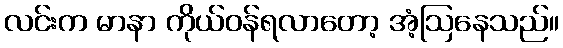
လင်းက မာနာ ကိုယ်ဝန်ရလာတော့ အံ့ဩနေသည်။